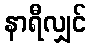
နာရီလျှင်